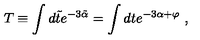
T \equiv \int d \tilde { t } e ^ { - 3 \tilde { \alpha } } = \int d t e ^ { - 3 \alpha + \varphi } \ ,